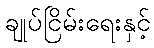
ချုပ်ငြိမ်းရေးနှင့်